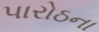
પારોઠના